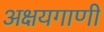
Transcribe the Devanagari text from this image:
अक्षयगाणी